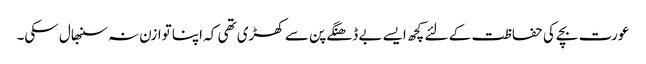
عورت بچے کی حفاظت کے لئے کچھ ایسے بے ڈھنگے پن سے کھڑی تھی کہ اپنا توازن نہ سنبھال سکی۔